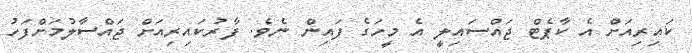
ކައިރިއަށް އެ ކާޕެޓް ޖައްސައިލީ އެ މީހަގެ ފައިން ނެވެ. ފާރުކައިރިއަށް ޖައްސާލުމަށްފަހު